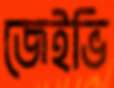
জেইভি